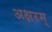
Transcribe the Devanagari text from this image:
अक्षरम्